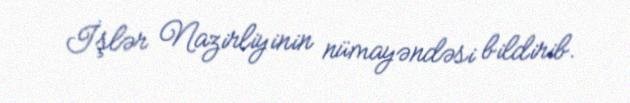
İşlər Nazirliyinin nümayəndəsi bildirib.